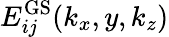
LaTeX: E_{ij}^{\mathrm{GS}}(k_{x},y,k_{z})